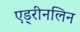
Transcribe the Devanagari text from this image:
एड्रीनलिन